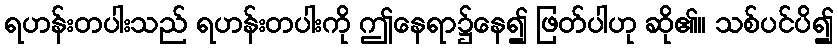
ရဟန်းတပါးသည် ရဟန်းတပါးကို ဤနေရာ၌နေ၍ ဖြတ်ပါဟု ဆို၏။ သစ်ပင်ပိ၍